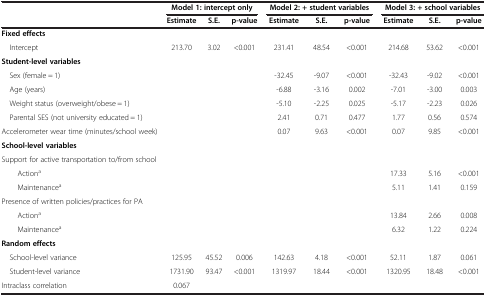
<table><thead><tr><td><b> </b></td><td colspan="3"><b>Model 1: intercept only</b></td><td colspan="3"><b>Model 2: + student variables</b></td><td colspan="3"><b>Model 3: + school variables</b></td></tr><tr><td><b> </b></td><td><b>Estimate</b></td><td><b>S.E.</b></td><td><b>p-value</b></td><td><b>Estimate</b></td><td><b>S.E.</b></td><td><b>p-value</b></td><td><b>Estimate</b></td><td><b>S.E.</b></td><td><b>p-value</b></td></tr></thead><tbody><tr><td><b>Fixed effects</b></td><td> </td><td> </td><td> </td><td> </td><td> </td><td> </td><td> </td><td> </td><td> </td></tr><tr><td> Intercept</td><td>213.70</td><td>3.02</td><td>&lt;0.001</td><td>231.41</td><td>48.54</td><td>&lt;0.001</td><td>214.68</td><td>53.62</td><td>&lt;0.001</td></tr><tr><td><b>Student-level variables</b></td><td> </td><td> </td><td> </td><td> </td><td> </td><td> </td><td> </td><td> </td><td> </td></tr><tr><td> Sex (female = 1)</td><td> </td><td> </td><td> </td><td>-32.45</td><td>-9.07</td><td>&lt;0.001</td><td>-32.43</td><td>-9.02</td><td>&lt;0.001</td></tr><tr><td> Age (years)</td><td> </td><td> </td><td> </td><td>-6.88</td><td>-3.16</td><td>0.002</td><td>-7.01</td><td>-3.00</td><td>0.003</td></tr><tr><td> Weight status (overweight/obese = 1)</td><td> </td><td> </td><td> </td><td>-5.10</td><td>-2.25</td><td>0.025</td><td>-5.17</td><td>-2.23</td><td>0.026</td></tr><tr><td> Parental SES (not university educated = 1)</td><td> </td><td> </td><td> </td><td>2.41</td><td>0.71</td><td>0.477</td><td>1.77</td><td>0.56</td><td>0.574</td></tr><tr><td>Accelerometer wear time (minutes/school week)</td><td> </td><td> </td><td> </td><td>0.07</td><td>9.63</td><td>&lt;0.001</td><td>0.07</td><td>9.85</td><td>&lt;0.001</td></tr><tr><td><b>School-level variables</b></td><td> </td><td> </td><td> </td><td> </td><td> </td><td> </td><td> </td><td> </td><td> </td></tr><tr><td>Support for active transportation to/from school</td><td> </td><td> </td><td> </td><td> </td><td> </td><td> </td><td> </td><td> </td><td> </td></tr><tr><td>Action<sup>a</sup></td><td> </td><td> </td><td> </td><td> </td><td> </td><td> </td><td>17.33</td><td>5.16</td><td>&lt;0.001</td></tr><tr><td>Maintenance<sup>a</sup></td><td> </td><td> </td><td> </td><td> </td><td> </td><td> </td><td>5.11</td><td>1.41</td><td>0.159</td></tr><tr><td>Presence of written policies/practices for PA</td><td> </td><td> </td><td> </td><td> </td><td> </td><td> </td><td> </td><td> </td><td> </td></tr><tr><td>Action<sup>a</sup></td><td> </td><td> </td><td> </td><td> </td><td> </td><td> </td><td>13.84</td><td>2.66</td><td>0.008</td></tr><tr><td>Maintenance<sup>a</sup></td><td> </td><td> </td><td> </td><td> </td><td> </td><td> </td><td>6.32</td><td>1.22</td><td>0.224</td></tr><tr><td><b>Random effects</b></td><td> </td><td> </td><td> </td><td> </td><td> </td><td> </td><td> </td><td> </td><td> </td></tr><tr><td> School-level variance</td><td>125.95</td><td>45.52</td><td>0.006</td><td>142.63</td><td>4.18</td><td>&lt;0.001</td><td>52.11</td><td>1.87</td><td>0.061</td></tr><tr><td> Student-level variance</td><td>1731.90</td><td>93.47</td><td>&lt;0.001</td><td>1319.97</td><td>18.44</td><td>&lt;0.001</td><td>1320.95</td><td>18.48</td><td>&lt;0.001</td></tr><tr><td>Intraclass correlation</td><td>0.067</td><td> </td><td> </td><td> </td><td> </td><td> </td><td> </td><td> </td><td> </td></tr></tbody></table>